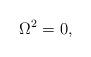
LaTeX: \begin{align*}\Omega^2 = 0, \end{align*}